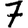
Digit: 7